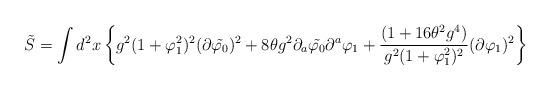
LaTeX: \begin{align*}\tilde{S}=\int d^2{x}\left\{g^2(1+\varphi_{1}^2)^2(\partial\tilde{\varphi_{0}})^2+8\theta g^2\partial_{a}\tilde{\varphi_{0}}\partial^{a}\varphi_{1}+\frac{(1+16\theta^2 g^4)}{g^2(1+\varphi_{1}^{2})^2}(\partial\varphi_{1})^2\right\}\end{align*}